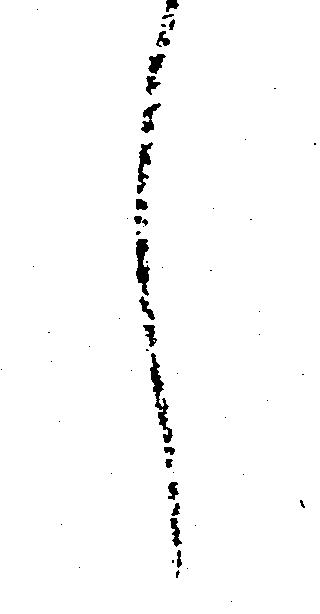
し